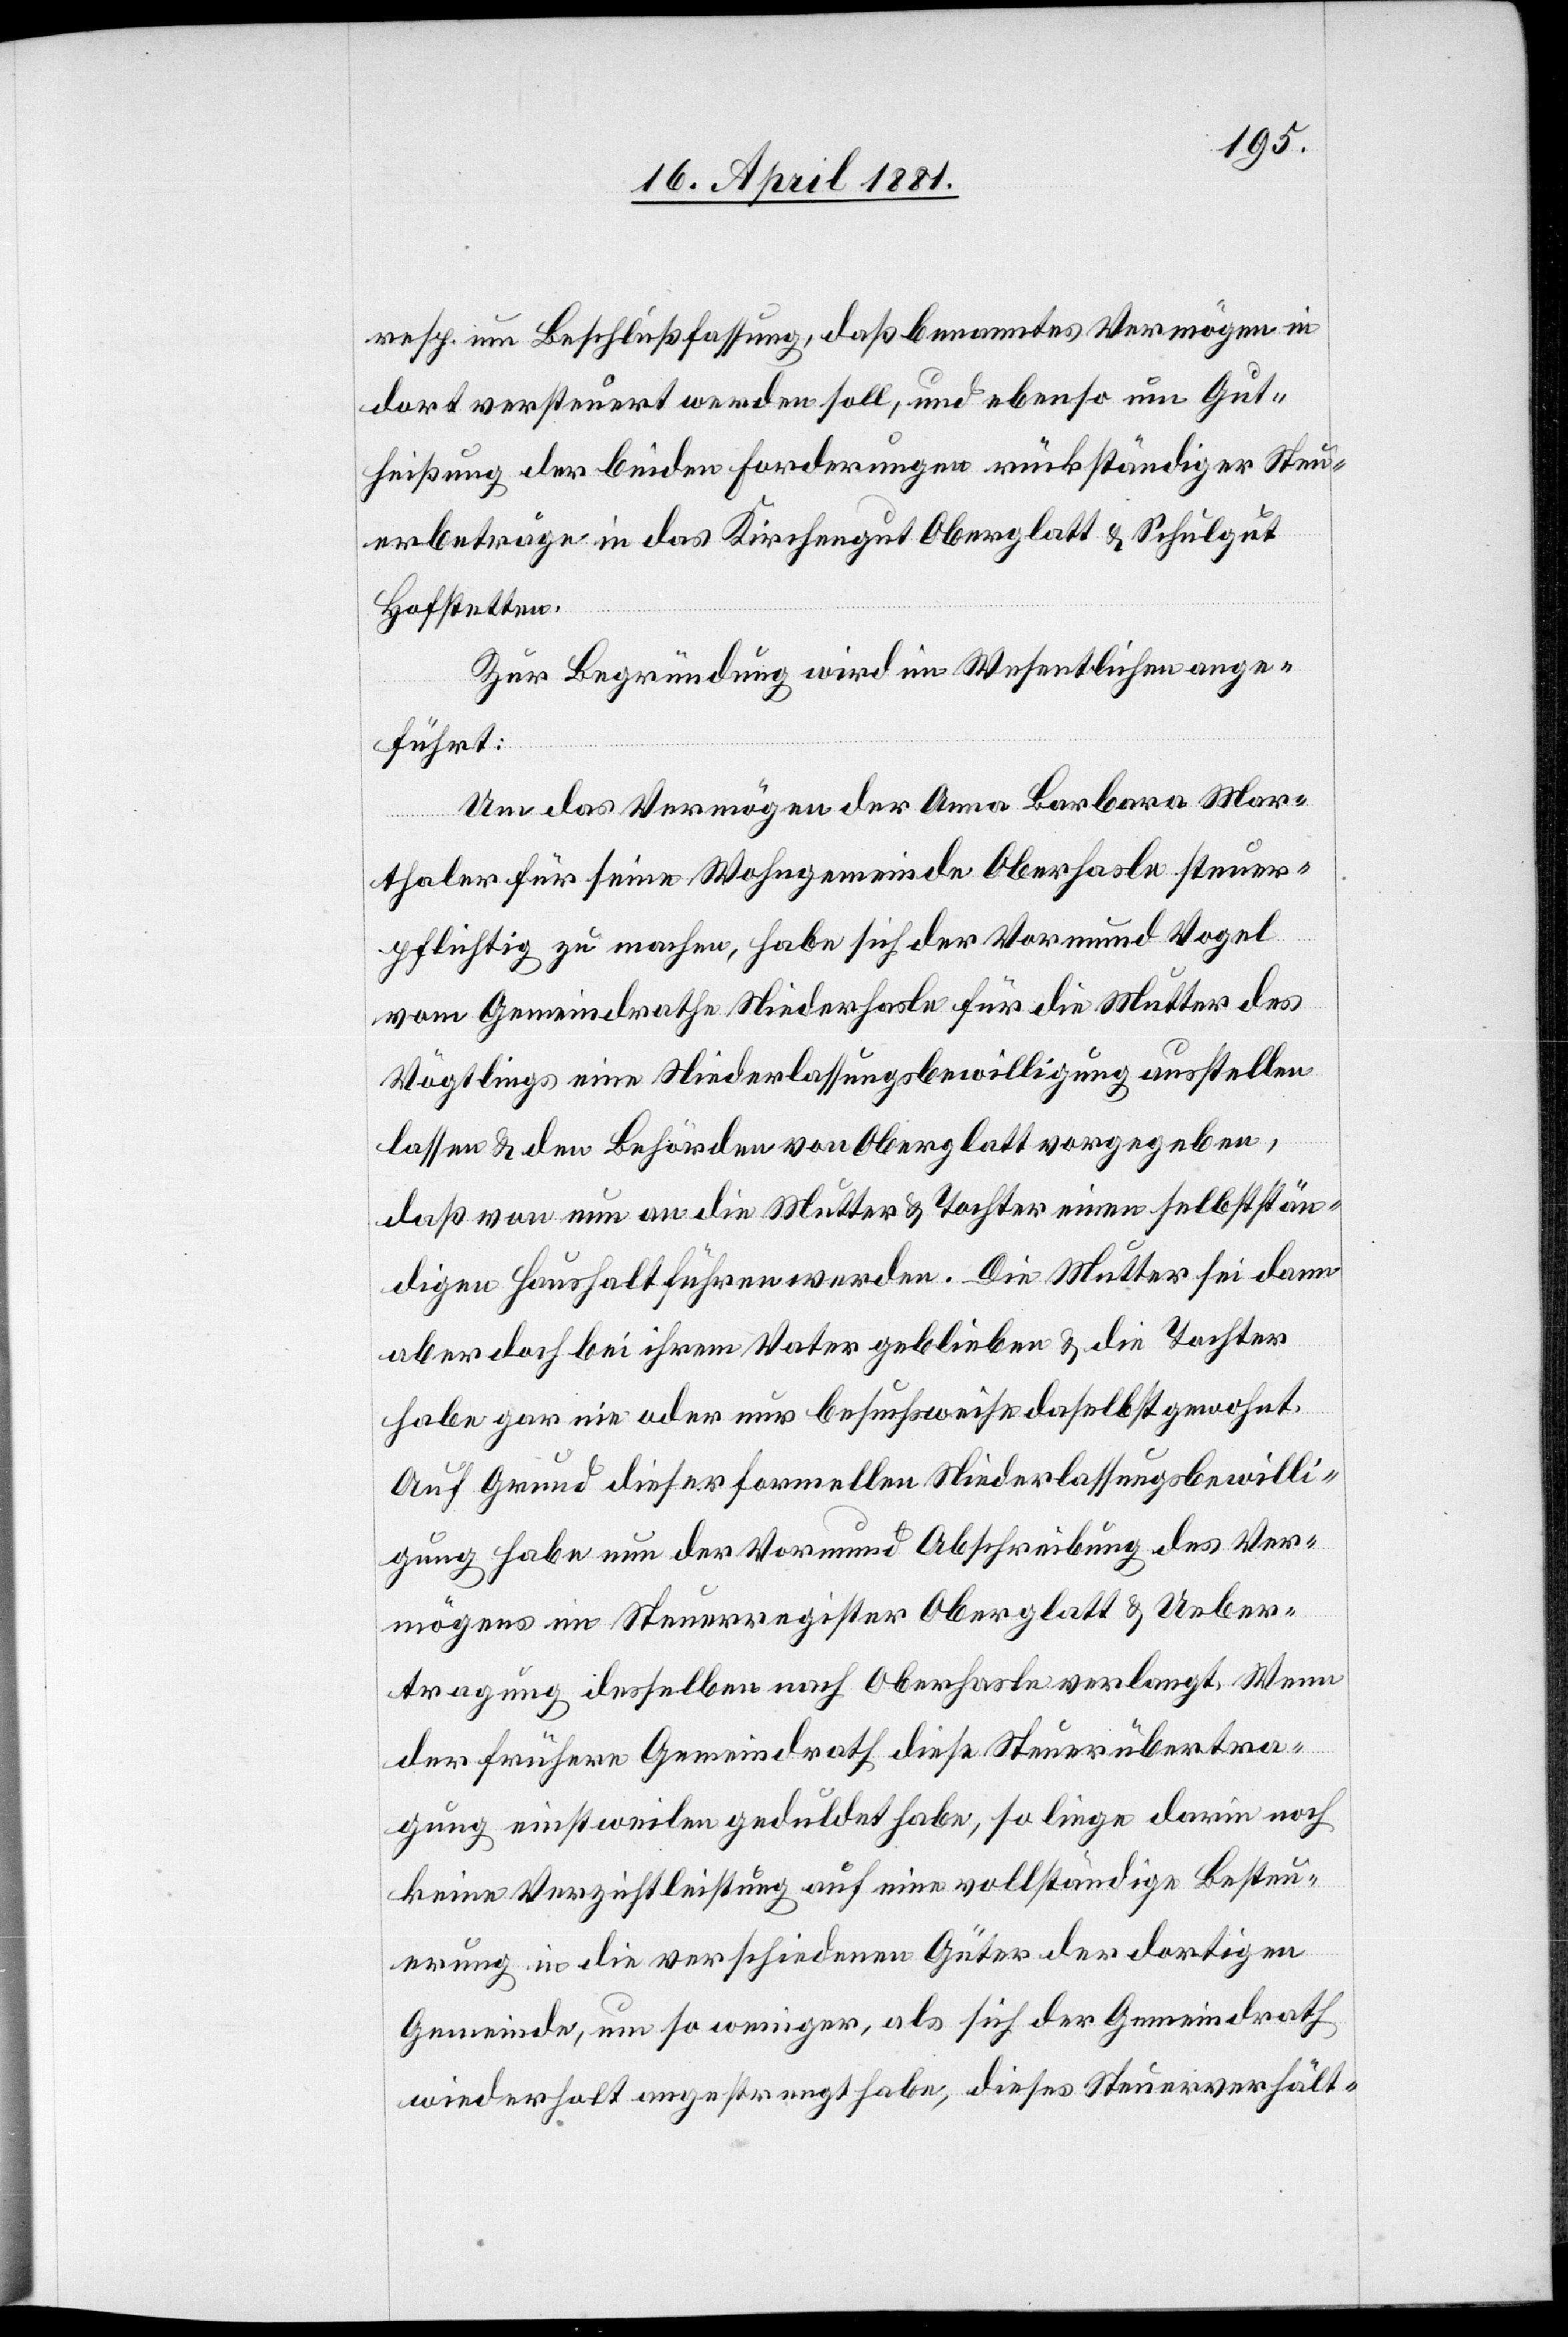
resp. um Beschlußfassung, daß benanntes Vermögen in
dort versteuert werden soll, und ebenso um Gut¬
heißung der beiden Forderungen rückständiger Steu¬
erbeträge in das Kirchengut Oberglatt & Schulgut
Hofstetten.
Zur Begründung wird im Wesentlichen ange¬
fügt:
Um das Vermögen der Anna Barbara Mar¬
thaler für seine Wohngemeinde Oberhasle steuer¬
pflichtig zu machen, habe sich der Vormund Vogel
vom Gemeindrathe Niederhasle für die Mutter des
Vögtlings eine Niederlassungsbewilligung ausstellen
lassen & den Behörden von Oberglatt vorgegeben,
dass von nun an die Mutter & Tochter einen selbstän¬
digen Haushalt führen werden. Die Mutter sei dann
aber doch bei ihrem Vater geblieben & die Tochter
habe gar nie oder nur besuchsweise daselbst gewohnt.
Auf Grund dieser formellen Niederlassungsbewilli¬
gung habe nun der Vormund Abschreibung des Ver¬
mögens im Steuerregister Oberglatt & Ueber¬
tragung desselben nach Oberhasle verlangt. Wenn
der frühere Gemeindrath diese Steuerübertra¬
gung nichtweilen geduldet habe, so liege darin noch
keine Verzichtleistung auf eine vollständige Besteu¬
erung in die verschiedenen Güter der dortigen
Gemeinde, um so weniger, als sich der Gemeindrath
wiederholt angestrengt habe, dieses Steuerverhält-